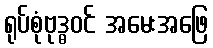
ရုပ်စုံဗုဒ္ဓဝင် အမေးအဖြေ